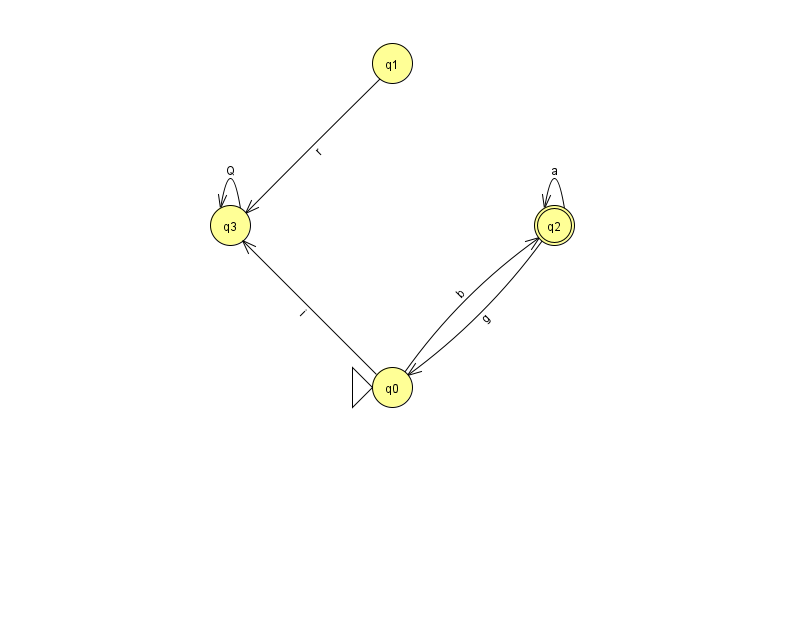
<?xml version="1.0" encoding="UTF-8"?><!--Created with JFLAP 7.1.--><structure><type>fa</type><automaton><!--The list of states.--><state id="0" name="q0"><x>392.0</x><y>374.0</y><initial/></state><state id="1" name="q1"><x>392.0</x><y>50.0</y></state><state id="2" name="q2"><x>554.0</x><y>212.0</y><final/></state><state id="3" name="q3"><x>230.0</x><y>212.0</y></state><!--The list of transitions.--><transition><from>1</from><to>3</to><read>r</read></transition><transition><from>2</from><to>2</to><read>a</read></transition><transition><from>3</from><to>3</to><read>Q</read></transition><transition><from>2</from><to>0</to><read>g</read></transition><transition><from>0</from><to>2</to><read>b</read></transition><transition><from>0</from><to>3</to><read>i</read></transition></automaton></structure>